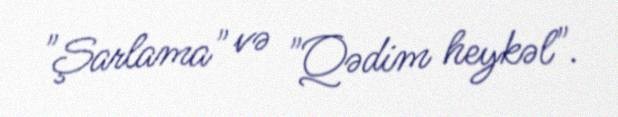
"Şarlama" və "Qədim heykəl".